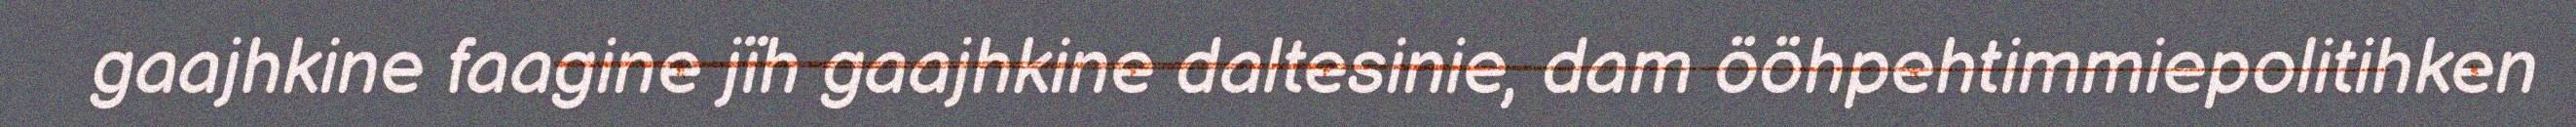
gaajhkine faagine jïh gaajhkine daltesinie, dam ööhpehtimmiepolitihken